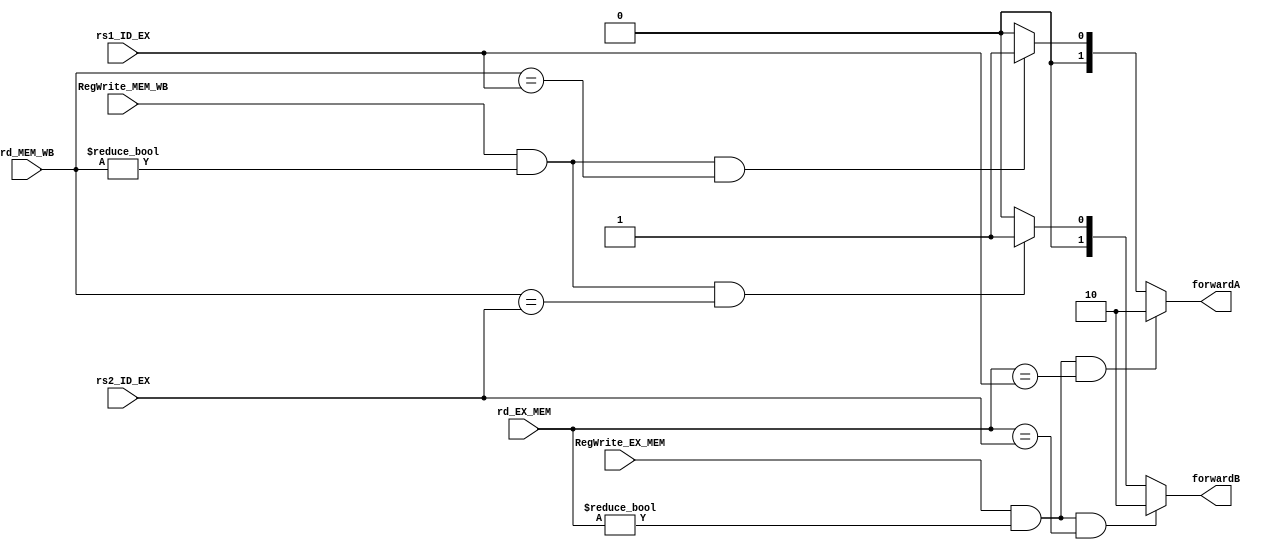
module ForwardingUnit (
    input [4:0] rs1_ID_EX,
    input [4:0] rs2_ID_EX,
    input [4:0] rd_EX_MEM,
    input [4:0] rd_MEM_WB,
    input RegWrite_EX_MEM,
    input RegWrite_MEM_WB,
    output reg [1:0] forwardA, 
    output reg [1:0] forwardB
);

// Forwarding logic for ALU inputs
always@(*)
begin
    // Default: No forwarding
    forwardA = 2'b00;
    forwardB = 2'b00;

    // Forwarding for rs1
    if (RegWrite_EX_MEM && (rd_EX_MEM != 0) && (rd_EX_MEM == rs1_ID_EX)) begin
        forwardA = 2'b10;  // Forward from EX/MEM
    end else if (RegWrite_MEM_WB && (rd_MEM_WB != 0) && (rd_MEM_WB == rs1_ID_EX)) begin
        forwardA = 2'b01;  // Forward from MEM/WB
    end

    // Forwarding for rs2
    if (RegWrite_EX_MEM && (rd_EX_MEM != 0) && (rd_EX_MEM == rs2_ID_EX)) begin
        forwardB = 2'b10;  // Forward from EX/MEM
    end else if (RegWrite_MEM_WB && (rd_MEM_WB != 0) && (rd_MEM_WB == rs2_ID_EX)) begin
        forwardB = 2'b01;  // Forward from MEM/WB
    end
end

endmodule